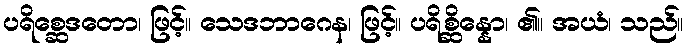
ပရိစ္ဆေဒတော၊ ဖြင့်။ သေဒဘာဂေန၊ ဖြင့်။ ပရိစ္ဆိန္နော၊ ၏။ အယံ၊ သည်။